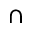
\cap